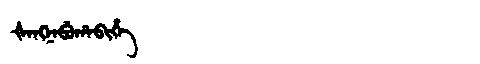
Manchu: ᡧᠠᠩᠨᠠᠪᡠᡥᠠᠪᡳᡥᡝ
Romanization: ŠANGNABUHABIHE